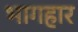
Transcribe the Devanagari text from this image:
भागहार